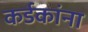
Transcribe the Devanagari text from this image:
कर्डकांना